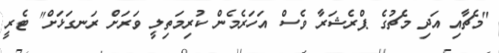
"މެޗާއި އަދި މެޗުގެ ޕްރެޝަރާ ވެސް އަހަރެމެން ކުރިމަތިލީ ވަރަށް ރަނގަޅަށް" ޓެރީ